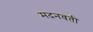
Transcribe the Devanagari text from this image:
मदनवती